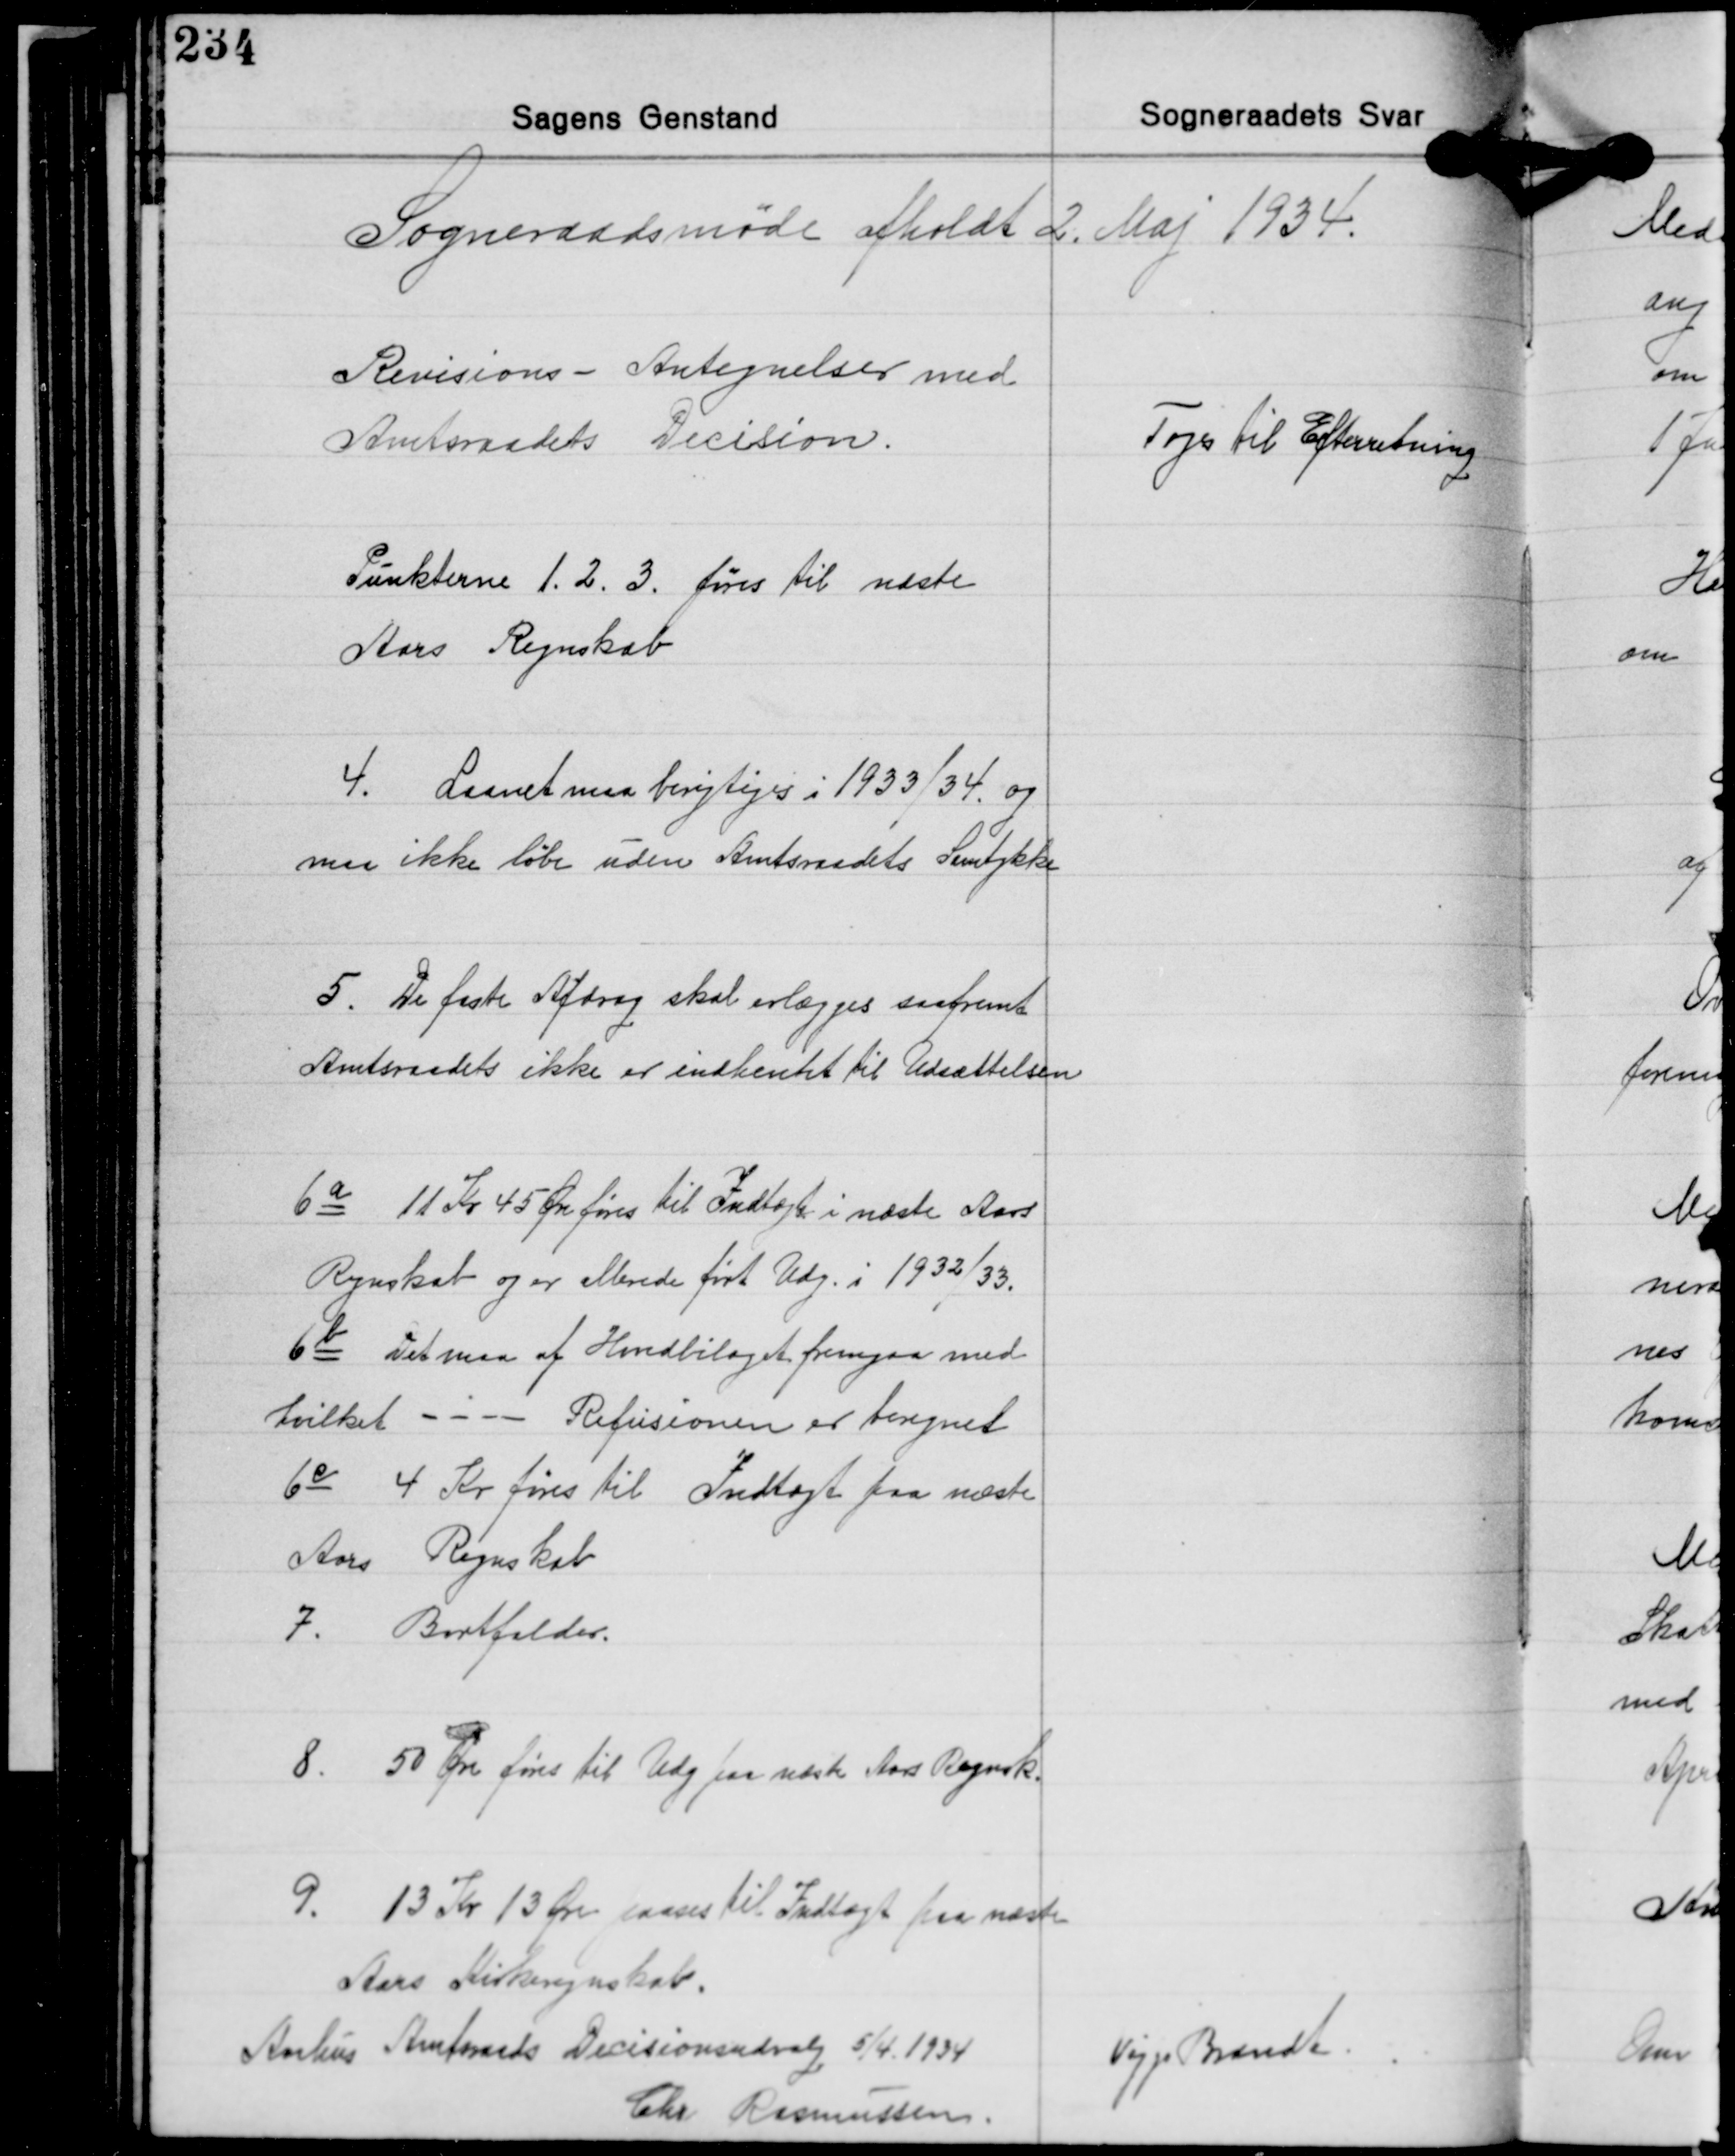
Transskription:
Sogneraadsmøde afholdt 2. Maj 1934.

Revisions - Antegnelser med
Amtsraadets Decision.

Toges til Efterretning

Punkterne 1. 2. 3. føres til næste
Aars Regnskab

4. Laanet maa berigtiges i 1933/34 og
maa ikke løbe uden Amtsraadets Samtykke

5. De faste Afdrag skal erlægges saafremt
Amtsraadets ikke er indhentet til Udsættelsen

6a 11 Kr. 45 Øre føres til Indtægt i næste Aars
Regnskab og er ellerede ført Udg. i 1932/33.
6b Det maa af Hovedbilaget fremgaa med
hvilket ---- Refusionen er beregnet
6c 4 Kr. føres til Indtægt paa næste
Aars Regnskab

7. Bortfalder.

8. 50 Øre føres til Udg. paa næste Aars Regnsk.

9. 13 Kr. 13 Øre paases til Indtægt paa næste

Aars Kirkeregnskab.
Aarhus Amtsraads Decisionsudvalg 5/4 1934
Viggo Brandt
Chr. Rasmussen